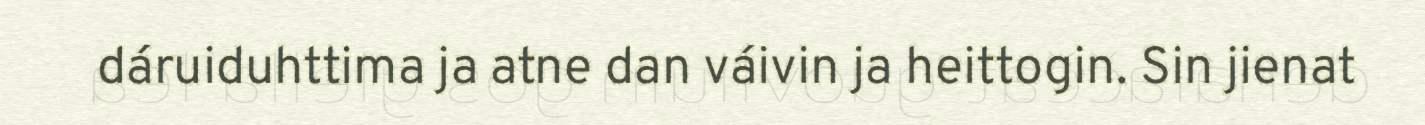
dáruiduhttima ja atne dan váivin ja heittogin. Sin jienat